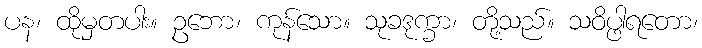
ပန၊ ထိုမှတပါး။ ဥဘော၊ ကုန်သော။ သုခဒုက္ခာ၊ တို့သည်။ သဝိပ္ဖါရတော၊